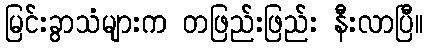
မြင်းခွာသံများက တဖြည်းဖြည်း နီးလာပြီ။